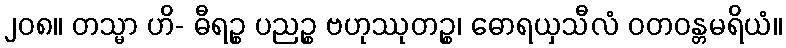
၂၀၈။ တသ္မာ ဟိ- ဓီရဉ္စ ပညဉ္စ ဗဟုဿုတဉ္စ၊ ဓောရယှသီလံ ဝတဝန္တမရိယံ။